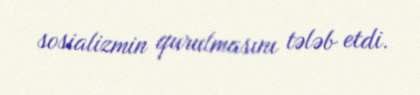
sosializmin qurulmasını tələb etdi.